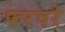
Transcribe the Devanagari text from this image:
फरवरे